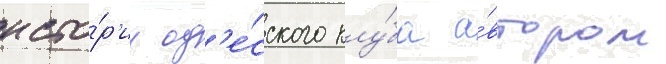
исто́р'ии од'е́сского клу́ба а́втором